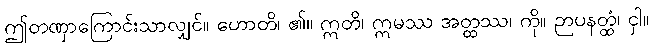
ဤတဏှာကြောင်းသာလျှင်။ ဟောတိ၊ ၏။ ဣတိ၊ ဣမဿ အတ္ထဿ၊ ကို။ ဉာပနတ္ထံ၊ ငှါ။